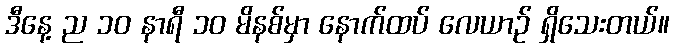
ဒီနေ့ ည ၁၀ နာရီ ၁၀ မိနစ်မှာ နောက်ထပ် လေယာဉ် ရှိသေးတယ်။